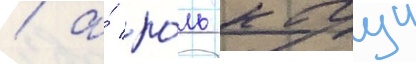
/ а́ ро́ль кагуи